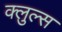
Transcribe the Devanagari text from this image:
क्लुल्स